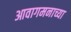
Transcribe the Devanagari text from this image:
आवागमनाच्या